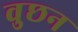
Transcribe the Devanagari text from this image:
वुछन